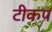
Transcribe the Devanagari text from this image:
टीकप